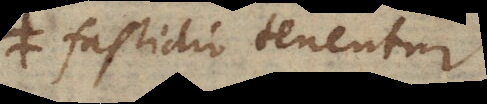
fastidio tenentur